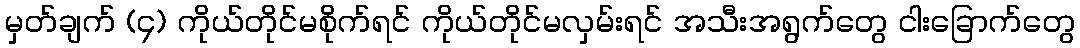
မှတ်ချက် (၄) ကိုယ်တိုင်မစိုက်ရင် ကိုယ်တိုင်မလှမ်းရင် အသီးအရွက်တွေ ငါးခြောက်တွေ